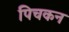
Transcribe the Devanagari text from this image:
पिचकन